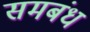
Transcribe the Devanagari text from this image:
समबंध